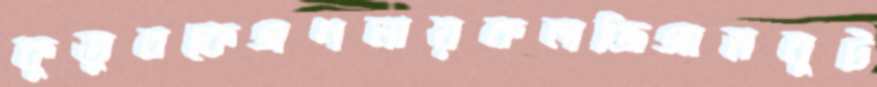
কুতুবকেগণনায়কলজিগামবুট